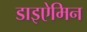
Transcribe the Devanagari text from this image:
डाइऐमिन